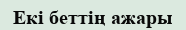
Екі беттің ажары